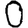
Digit: 0